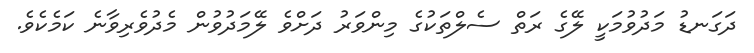
ދަގަނޑު މަދުވުމަކީ ލޭގެ ރަތް ސެލްތަކުގެ މިންވަރު ދަށްވެ ލޭމަދުވުން މެދުވެރިވާނެ ކަމެކެވެ.